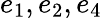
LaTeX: e_{1},e_{2},e_{4}